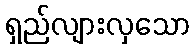
ရှည်လျားလှသော